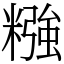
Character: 糨